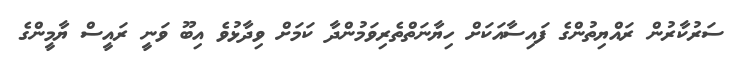
ސަރުކާރުން ރައްޔިތުންގެ ފައިސާއަކަށް ހިޔާނަތްތެރިވަމުންދާ ކަމަށް ވިދާޅުވެ އިބޫ ވަނީ ރައީސް ޔާމީންގެ